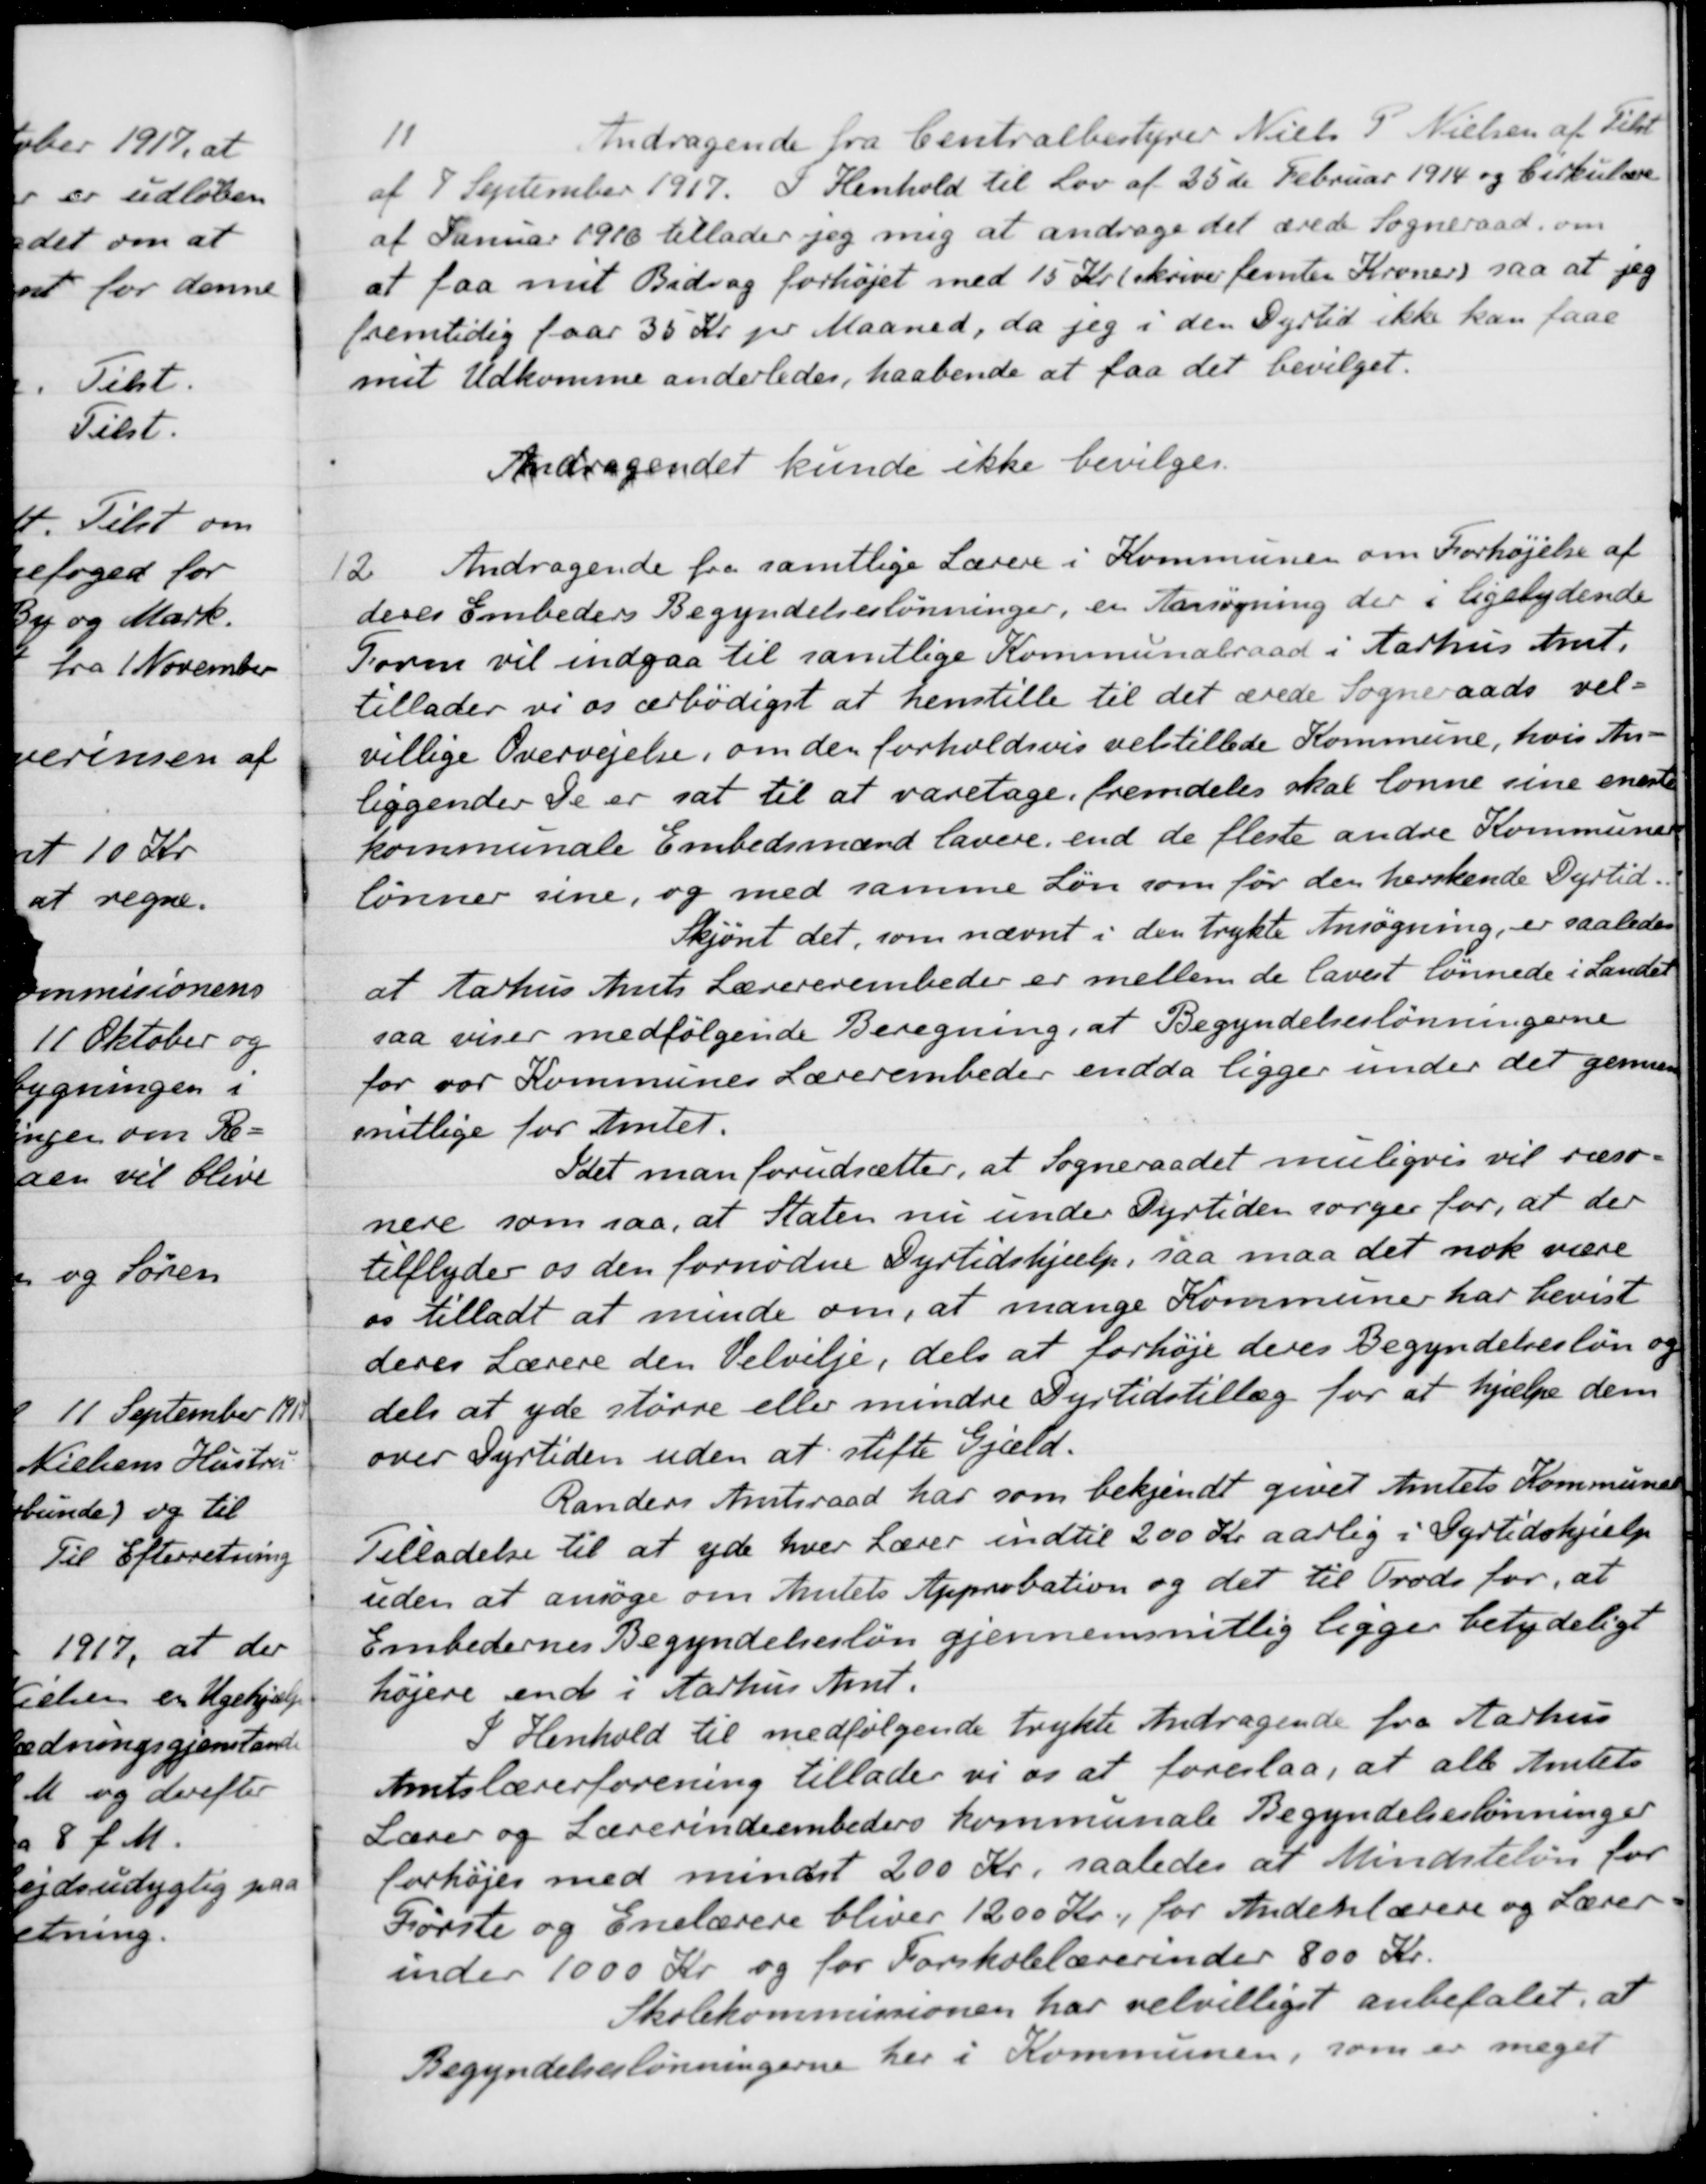
Transskription:
11
Andragende fra Centralbestyrer Niels P. Nielsen af Tilst
af 7 September 1917. I Henhold til Lov af 25de Februar 1914 og Cirkulære
af Januar 1916 tillader jeg mig at andrage det ærede Sogneraad om
at faa mit Bidrag forhøjet med 15 Kr. (skriver femten Kroner) saa at jeg
fremtidig faar 35 Kr pr Maaned, da jeg i den Dyrtid ikke kan faae
mit Udkomme anderledes, haabende at faa det bevilget.
Andragendet kunde ikke bevilges.
12.
Andragende fra samtlige Lærere i Kommunen om Forhøjelse af
deres Embeders Begyndelseslønninger, en Ansøgning der i ligelydende
Form vil indgaa til samtlige Kommunalraad i Aarhus Amt
tillader vi os ærbødigst at henstille til det ærede Sogneraads vel-
villige Overvejelse, om den forholdsvis velstillede Kommune, hvis An-
liggender De er sat til at varetage fremdeles skal lønne sine eneste
kommunale Embedsmænd lavere, end de fleste andre Kommuner
lønner sine, og med samme Løn som for den herskende Dyrtid.
Skjønt det, som nævnt i den trykte Ansøgning, er saaledes
at Aarhus Amts Lærererembeder er mellem de lavest lønnede i Landet
saa viser medfølgende Beregning, at Begyndelseslønningerne
for vor Kommunes Lærerembeder endda ligger under det gennem
snitlige for Amtet.
Idet man forudsætter, at Sogneraadet muligvis vil ræso-
nere som saa, at Staten nu under Dyrtiden sørger for, at der
tilflyder os den fornødne Dyrtidshjælp, saa maa det nok være
os tilladt at minde om, at mange Kommuner har bevist
deres Lærere den Velvilje, dels at forhøje deres Begyndelsesløn og
dels at yde større eller mindre Dyrtidstillæg for at hjælpe dem
over Dyrtiden uden at stifte Gjæld.
Randers Amtsraad har som bekjendt givet Amtets Kommuner
Tilladelse til at yde hver Lærer indtil 200 Kr aarlig i Dyrtidshjælp
uden at ansøge om Amtets Approbation og det til Trods for, at
Embedernes Begyndelsesløn gjennemsnitlig ligger betydeligt
højere end i Aarhus Amt.
I Henhold til medfølgende trykte Andragende fra Aarhus
Amtslærerforening tillader vi os at foreslaa, at alle Amtets
Lærer og Lærerindeembeders kommunale Begyndelseslønninger
forhøjes med mindst 200 Kr, saaledes at Mindsteløn for
Første og Enelærere bliver 1200 Kr. for Andenlærere og Lærer-
inder 1000 Kr. og for Forskolelærerinder 800 Kr.
Skolekommissionen har selvilliget anbefalet, at
Begyndelseslønningerne her i Kommunen, som er meget